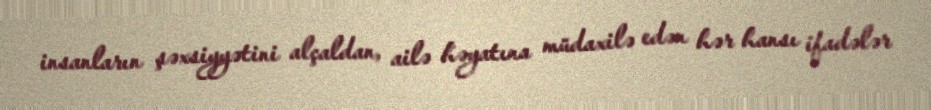
insanların şəxsiyyətini alçaldan, ailə həyatına müdaxilə edən hər hansı ifadələr